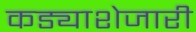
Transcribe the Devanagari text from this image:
कड्याशेजारी